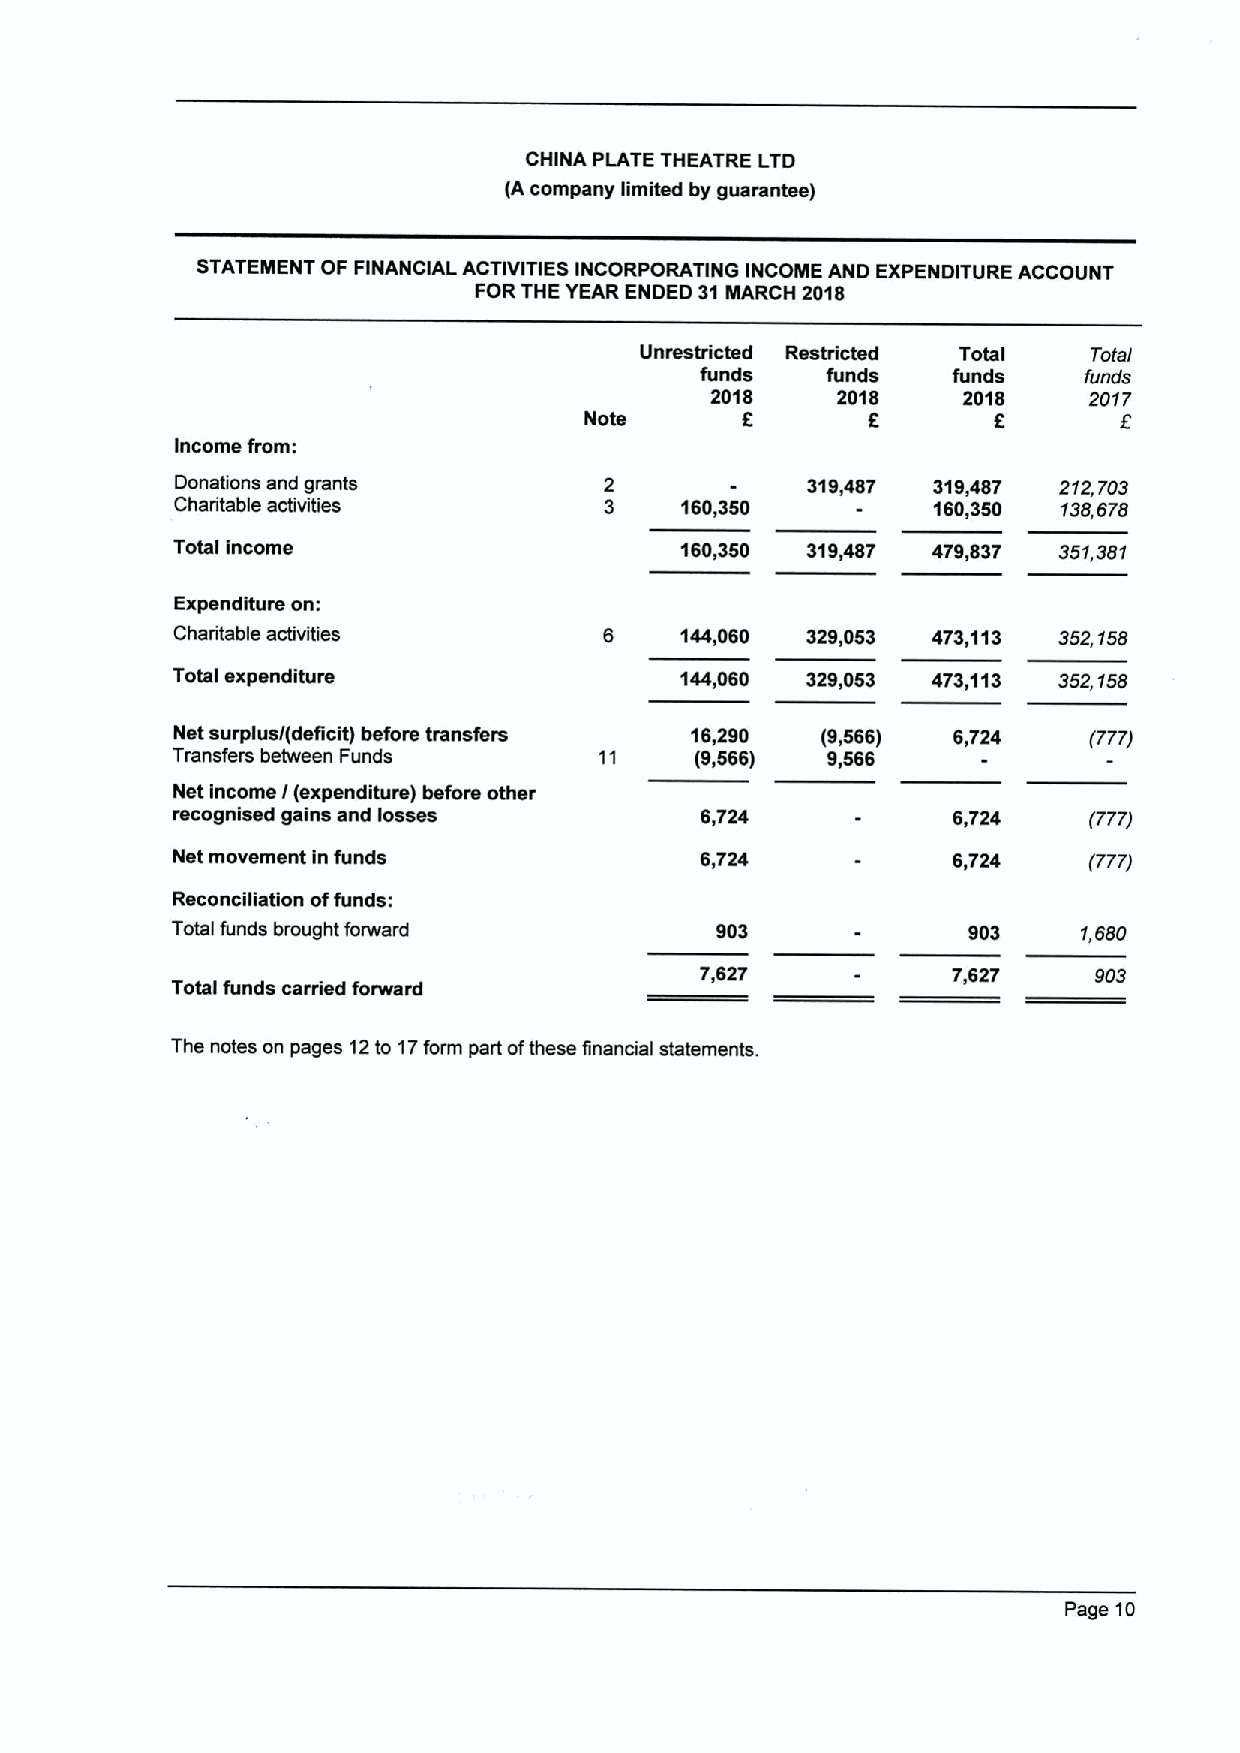
CHINA PLATE THEATRE LTD
 (Acompany limited by guarantee)
 STATEMENT OF FINANCIAL ACTIVITIES INCORPORATING INCOME AND EXPENDITURE ACCOUNT
 FORTHE YEAR ENDED 31MARCH 2018
 Unrestricled Restricted Total Total
 funds    funds   funds    funds
 2018    2018     2018    2017
 f
 Note              6
 Income from:
 Donations and grants        2            319,487  319,487 212,703
 Charitable activities       3    160,350     -    160,350 138,678
 Total income                      160,350 319,487  479,837 351,381
 Expenditure on:
 Charitable activities        6    144,060 329,053  473,113 352 158
 Total expenditure                 144,060 329,053  473,113 352,158
 Net surplus/(deficit) before transfers 16,290 (9,566) 6,724  (777)
 Transfers between Funds      11    (9,566)  9,566
 Net income I(expenditure) before other
 recognised gains and losses        6,724            6,724    (777)
 Net movement in funds              6,724            6,724    (777)
 Reconciliation offunds:
 Total funds brought forward         903              903     1,580
 7,627            7,627    903
 Total funds cardied forward
 The notes on pages 12to 17form part ofthese financial statements.
 Page 10